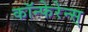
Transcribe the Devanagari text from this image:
कॉन्फेरेन्स्